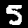
Label: 5